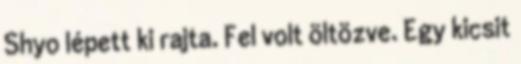
Shyo lépett ki rajta. Fel volt öltözve. Egy kicsit